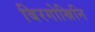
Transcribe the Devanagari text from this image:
बिरगोस्रिनि